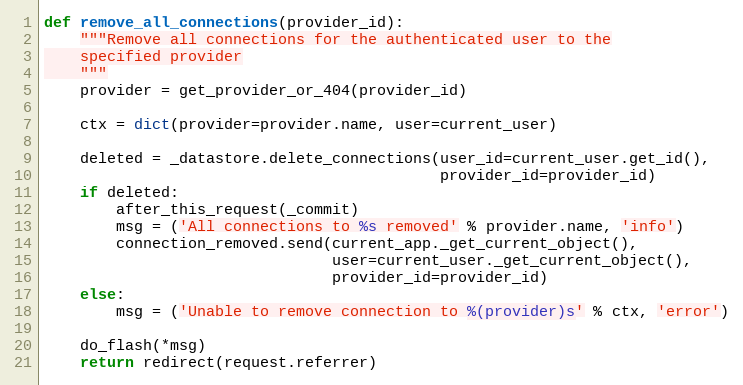
Language: Python
def remove_all_connections(provider_id):
    """Remove all connections for the authenticated user to the
    specified provider
    """
    provider = get_provider_or_404(provider_id)

    ctx = dict(provider=provider.name, user=current_user)

    deleted = _datastore.delete_connections(user_id=current_user.get_id(),
                                            provider_id=provider_id)
    if deleted:
        after_this_request(_commit)
        msg = ('All connections to %s removed' % provider.name, 'info')
        connection_removed.send(current_app._get_current_object(),
                                user=current_user._get_current_object(),
                                provider_id=provider_id)
    else:
        msg = ('Unable to remove connection to %(provider)s' % ctx, 'error')

    do_flash(*msg)
    return redirect(request.referrer)